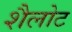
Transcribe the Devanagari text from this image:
शैलोट